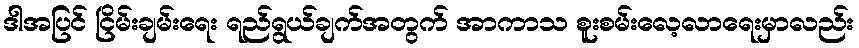
ဒါအပြင် ငြိမ်းချမ်းရေး ရည်ရွယ်ချက်အတွက် အာကာသ စူးစမ်းလေ့လာရေးမှာလည်း